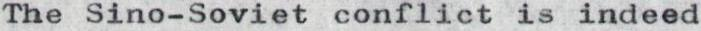
The Sino-Soviet conflict is indeed